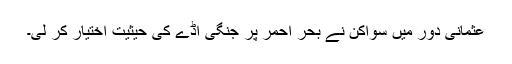
عثمانی دور میں سواکن نے بحر احمر پر جنگی اڈے کی حیثیت اختیار کر لی۔